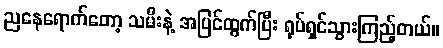
ညနေရောက်တော့ သမီးနဲ့ အပြင်ထွက်ပြီး ရုပ်ရှင်သွားကြည့်တယ်။